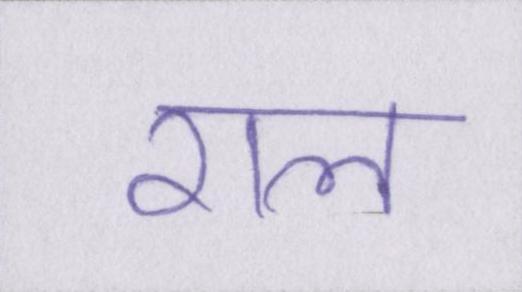
राल